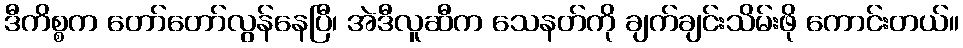
ဒီကိစ္စက တော်တော်လွန်နေပြီ၊ အဲဒီလူဆီက သေနတ်ကို ချက်ချင်းသိမ်းဖို ကောင်းတယ်။